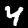
Label: 4